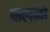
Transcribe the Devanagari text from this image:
पालनों